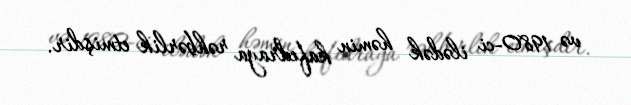
və 1980-ci ilədək həmin kafedraya rəhbərlik etmişdir.